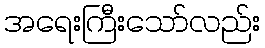
အရေးကြီးသော်လည်း